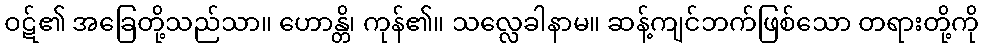
ဝဋ်၏ အခြေတို့သည်သာ။ ဟောန္တိ၊ ကုန်၏။ သလ္လေခါနာမ။ ဆန့်ကျင်ဘက်ဖြစ်သော တရားတို့ကို